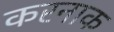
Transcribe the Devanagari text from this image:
करनाक